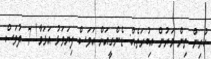
ކުރިން ތިން މަރުން އިބުރަތެއް: ޑެންގީއަށް އަވަސް ފިޔަވަޅު އަޅަމާ! 7 ދުވަސް